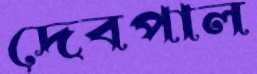
দেবপাল